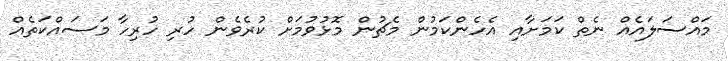
މައްސަލައެއް ނެތް ކަމަށާއި އެހެންކަމުން މެޗުން މޮޅުވުމަށް ކުރެވެން ހުރި ހުރިހާ މަސައްކަތެއް